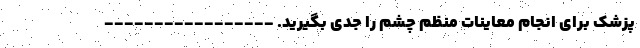
پزشک برای انجام معاینات منظم چشم را جدی بگیرید. -----------------